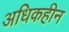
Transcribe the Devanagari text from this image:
अधिकहीन